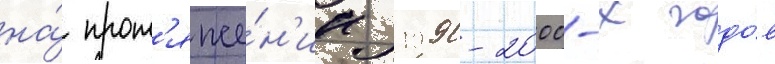
на́ прот'яже́н'ии 1990-2000-х годо́в